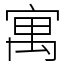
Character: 寓